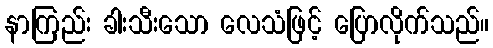
နာကြည်း ခါးသီးသော လေသံဖြင့် ပြောလိုက်သည်။